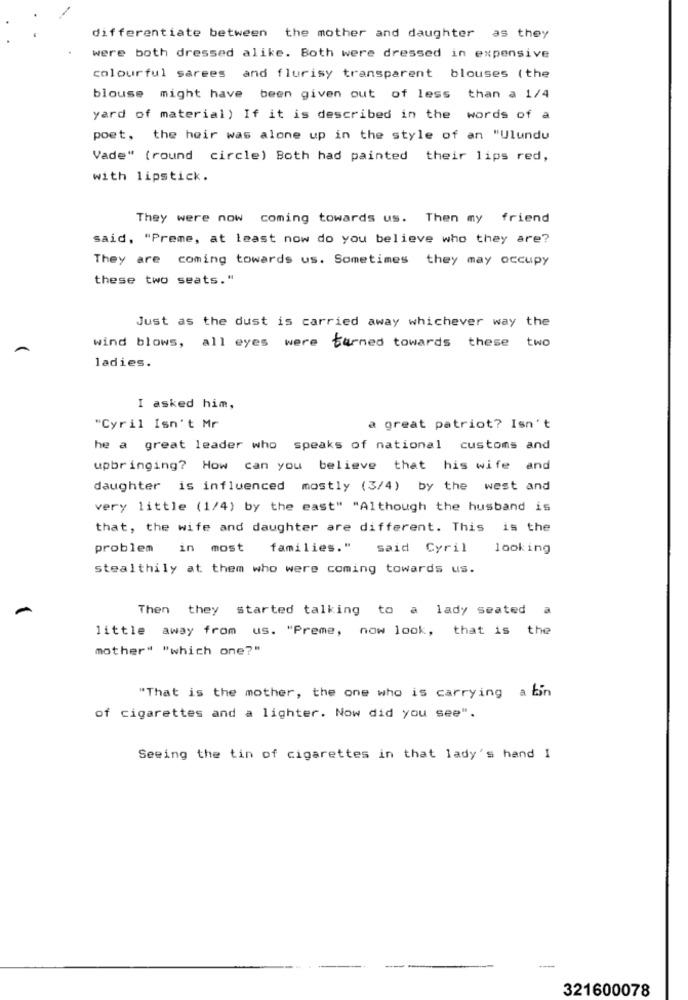
differentiate between the mother and daughter as they
were both dressed alike. Both were dressed in expensive
colourful sarees and flurisy transparent blouses (the
blouse might have been given out of less than a 1/4
yard of material) If it is described in the words of a
poet, the heir was alone up in the style of an "Ulundu
Vade" (round circle) Both had painted their lips red,
with lipstick.
They were now coming towards us. Then my friend
said, "Preme, at least now do you believe who they are?
They are coming towards us. Sometimes they may occupy
these two seats."
Just as the dust is carried away whichever way the
wind blows, all eyes were turned towards these two
ladies.
I asked him,
"Cyril Isn't Mr
a great patriot? Isn't
he a great leader who speaks of national customs and
upbringing? How can you believe that his wife and
daughter is influenced mostly (3/4) by the west and
very little (1/4) by the east" "Although the husband is
that, the wife and daughter are different. This is the
problem in most
families."
said Cyril
looking
stealthily at them who were coming towards us.
Then they started talking to a lady seated a
little away from us. "Preme, now look, that is the
mother" "which one?"
"That is the mother, the one who is carrying a tin
of cigarettes and a lighter. Now did you see".
Seeing the tin of cigarettes in that lady's hand I
---
321600078